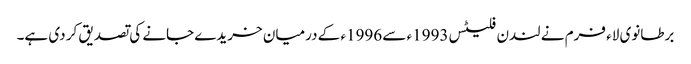
برطانوی لاء فرم نے لندن فلیٹس 1993ء سے 1996ء کے درمیان خریدے جانے کی تصدیق کر دی ہے۔